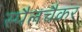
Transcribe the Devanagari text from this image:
स्पैलचैकर